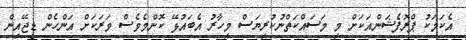
އެކަމަކު ޕްރޮފެޝަންއަކަށް މި މަސައްކަތްނުކުރިޔަސް މިހާރު އެބައުޅޭ ކޮންމެވެސް ވަރަކަށް އަންހެން ޑީޖޭއިން